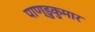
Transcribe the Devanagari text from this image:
पाण्डुकुमार